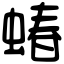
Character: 蝽